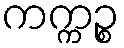
ကက္ကဉ္စ